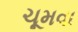
ચૂમવા